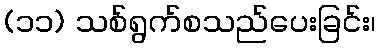
(၁၁) သစ်ရွက်စသည်ပေးခြင်း၊